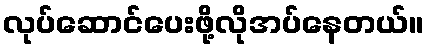
လုပ်ဆောင်ပေးဖို့လိုအပ်နေတယ်။